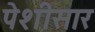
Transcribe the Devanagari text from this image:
पेशीसार